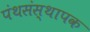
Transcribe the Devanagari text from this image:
पंथसंस्थापक